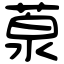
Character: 葲